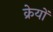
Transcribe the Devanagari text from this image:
क्रेयों